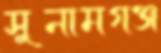
সুনামগঞ্জ